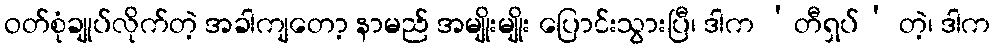
ဝတ်စုံချုပ်လိုက်တဲ့ အခါကျတော့ နာမည် အမျိုးမျိုး ပြောင်းသွားပြီ၊ ဒါက ‘တီရှပ်’ တဲ့၊ ဒါက